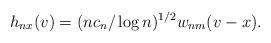
LaTeX: \begin{align*}h_{nx}(v)= (nc_n/\log n)^{1/2} w_{nm}(v-x).\end{align*}